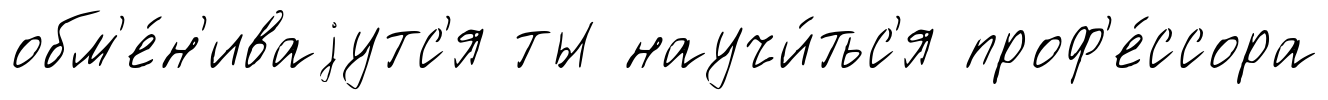
обм'е́н'иваjутс'я ты научи́тьс'я проф'е́ссора